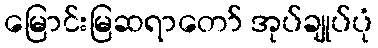
မြောင်းမြဆရာတော် အုပ်ချုပ်ပုံ